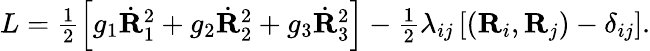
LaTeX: \begin{array}{r}{L=\frac 12\left[g_{1}\dot{\mathbf R}_{1}^{2}+g_{2}\dot{\mathbf R}_{2}^{2}+g_{3}\dot{\mathbf R}_{3}^{2}\right]-\frac 12\lambda_{ij}\left[({\mathbf R}_{i},{\mathbf R}_{j})-\delta_{ij}\right].}\end{array}